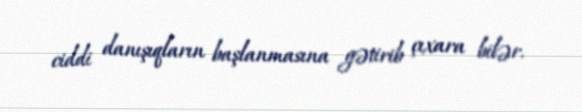
ciddi danışıqların başlanmasına gətirib çıxara bilər.